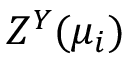
Z ^ { Y } ( { \mu _ { i } } )